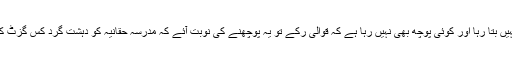
لیکن کوئی بھی قوال یہ نہیں بتا رہا اور کوئی پوچھ بھی نہیں رہا ہے کہ قوالی رکے تو یہ پوچھنے کی نوبت آئے کہ مدرسہ حقانیہ کو دہشت گرد کس گزٹ کے تحت قرار دیا گیا ہے۔